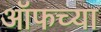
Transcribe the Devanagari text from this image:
ऑफच्या